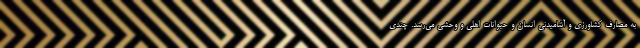
به مصارف کشاورزی و آشامیدنی انسان و حیوانات اهلی و وحشی می‌رسد. چندی